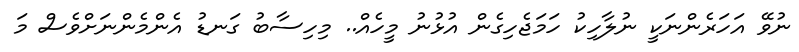
ނުވޭ އަހަރެންނަކީ ނުލާހިކު ހަމަޖެހިގެން އުޅުނު މީހެއް.. މިހިސާބު ގަނޑު އެންމެންނަށްވެސް މަ